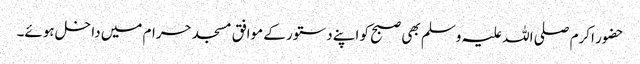
حضور اکرم صلی اللہ علیہ وسلم بھی صبح کو اپنے دستور کے موافق مسجد حرام میں داخل ہوئے۔